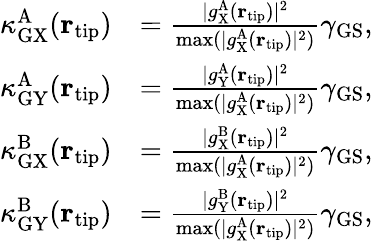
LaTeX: \begin{array}{rl}{\kappa_{\mathrm{GX}}^{\mathrm{A}}({\mathbf r}_{\mathrm{tip}})}&{=\frac{|g_{\mathrm{X}}^{\mathrm{A}}({\mathbf r}_{\mathrm{tip}})|^{2}}{\operatorname*{max}(|g_{\mathrm{X}}^{\mathrm{A}}({\mathbf r}_{\mathrm{tip}})|^{2})}\gamma_{\mathrm{GS}},}\\ {\kappa_{\mathrm{GY}}^{\mathrm{A}}({\mathbf r}_{\mathrm{tip}})}&{=\frac{|g_{\mathrm{Y}}^{\mathrm{A}}({\mathbf r}_{\mathrm{tip}})|^{2}}{\operatorname*{max}(|g_{\mathrm{X}}^{\mathrm{A}}({\mathbf r}_{\mathrm{tip}})|^{2})}\gamma_{\mathrm{GS}},}\\ {\kappa_{\mathrm{GX}}^{\mathrm{B}}({\mathbf r}_{\mathrm{tip}})}&{=\frac{|g_{\mathrm{X}}^{\mathrm{B}}({\mathbf r}_{\mathrm{tip}})|^{2}}{\operatorname*{max}(|g_{\mathrm{X}}^{\mathrm{A}}({\mathbf r}_{\mathrm{tip}})|^{2})}\gamma_{\mathrm{GS}},}\\ {\kappa_{\mathrm{GY}}^{\mathrm{B}}({\mathbf r}_{\mathrm{tip}})}&{=\frac{|g_{\mathrm{Y}}^{\mathrm{B}}({\mathbf r}_{\mathrm{tip}})|^{2}}{\operatorname*{max}(|g_{\mathrm{X}}^{\mathrm{A}}({\mathbf r}_{\mathrm{tip}})|^{2})}\gamma_{\mathrm{GS}},}\end{array}